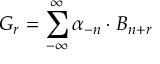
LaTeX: G _ { r } = \sum _ { - \infty } ^ { \infty } \alpha _ { - n } \cdot B _ { n + r }